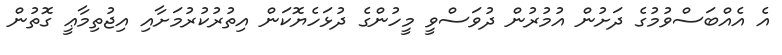
އެ އެއްބަސްވުމުގެ ދަށުން އުމުރުން ދުވަސްވީ މީހުންގެ ދުޅަހެޔޮކަން އިތުރުކުރުމަށާއި އިޖުތިމާޢީ ގޮތުން